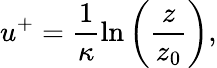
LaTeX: u^{+}=\frac{1}{\kappa}\ln\left(\frac{z}{z_{0}}\right),